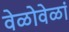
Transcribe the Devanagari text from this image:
वेळोवेळां